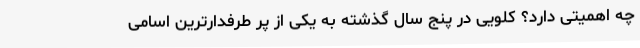
چه اهمیتی دارد؟ کلویی در پنج سال گذشته به یکی از پر طرفدارترین اسامی